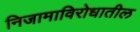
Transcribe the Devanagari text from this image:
निजामाविरोधातील